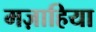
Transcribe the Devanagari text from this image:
मज़ाहिया